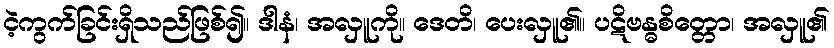
ငဲ့ကွက်ခြင်းရှိသည်ဖြစ်၍။ ဒါနံ၊ အလှူကို။ ဒေတိ၊ ပေးလှူ၏။ ပဋိဗန္ဓစိတ္တော၊ အလှူ၏